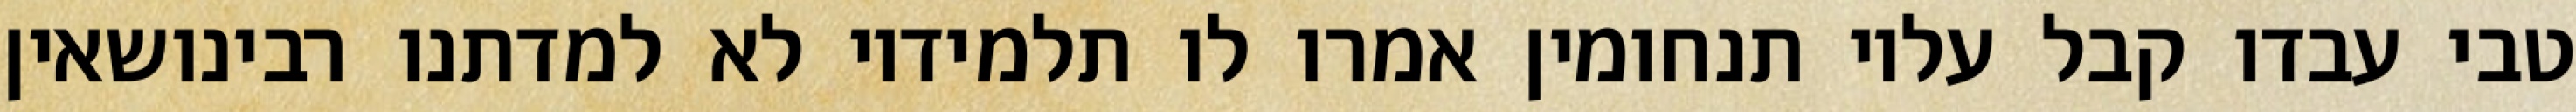
טבי עבדו קבל עליו תנחומין אמרו לו תלמידיו לא למדתנו רבינושאין